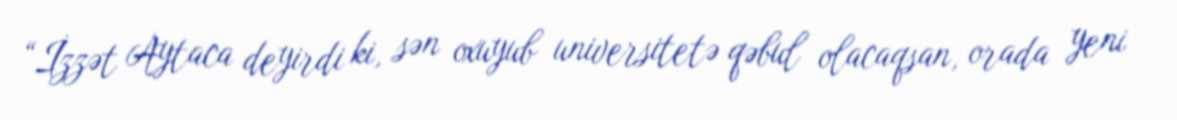
“İzzət Aytaca deyirdi ki, sən oxuyub universitetə qəbul olacaqsan, orada yeni